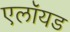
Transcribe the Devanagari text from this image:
एलॉयड